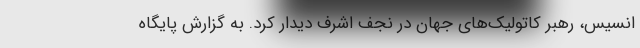
انسیس، رهبر کاتولیک‌های جهان در نجف اشرف دیدار کرد. به گزارش پایگاه